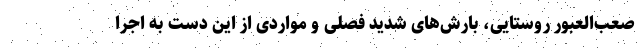
صعب‌العبور روستایی، بارش‌های شدید فصلی و مواردی از این دست به اجرا